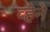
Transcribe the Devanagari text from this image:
व्हेने